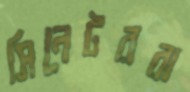
সিনেটররা